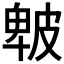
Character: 𤿾